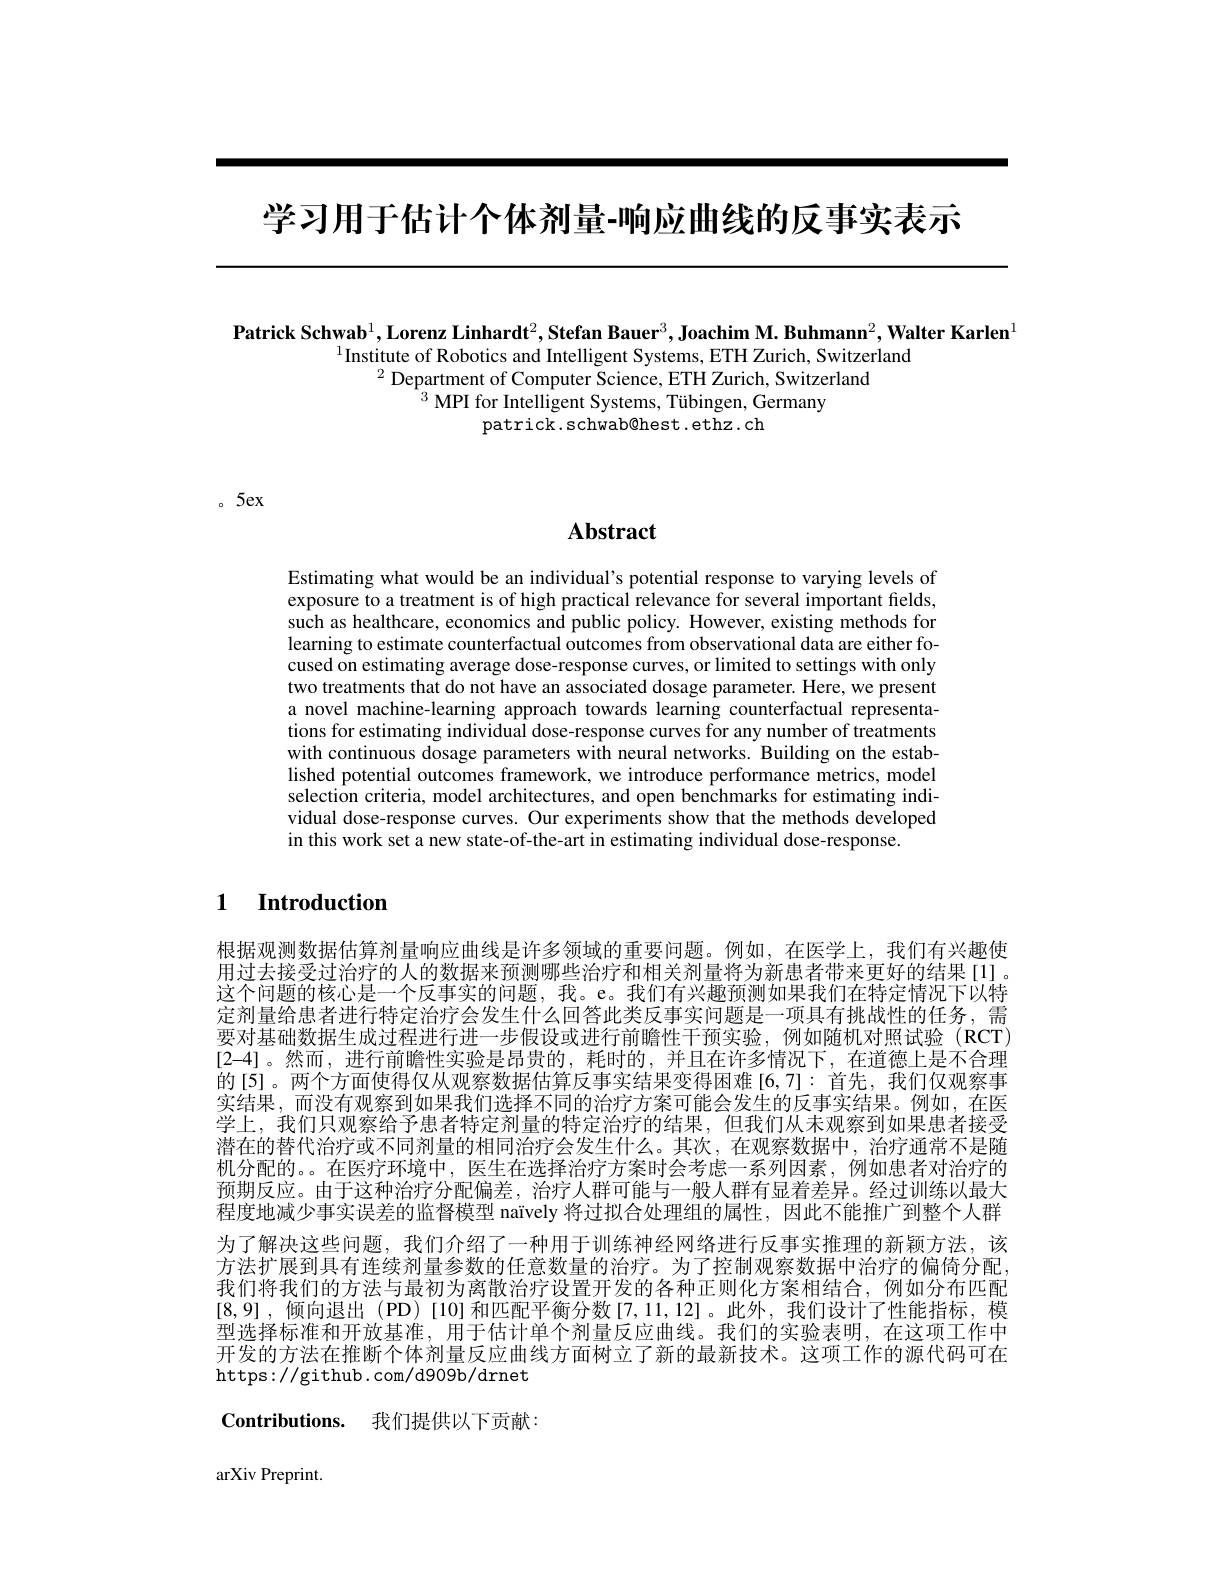
学习用于估计个体剂量-响应曲线的反事实表示

$\textbf{Patrick Schwab}^{1},\textbf{Lorenz Linhardt}^{2},\textbf{Stefan Bauer}^{3},\textbf{Joachim M. Buhmann}^{2},\textbf{Walter Karlen}^{1}$
$^{1}$Institute of Robotics and Intelligent Systems, ETH Zurich, Switzerland
$^{2}$Department of Computer Science, ETH Zurich, Switzerland
$^{1}{}^{3}{\mathrm{~MPI~for~Intelligent~Systems,~Tübingen,~Germany}}$
patrick.schwab@hest.ethz.ch

。5ex

## $\mathbf{Abstract}$

Estimating what would be an individual's potential response to varying levels of exposure to a treatment is of high practical relevance for several important fields, such as healthcare, economics and public policy. However, existing methods for learning to estimate counterfactual outcomes from observational data are either focused on estimating average dose-response curves, or limited to settings with only two treatments that do not have an associated dosage parameter. Here, we present a novel machine-learning approach towards learning counterfactual representations for estimating individual dose-response curves for any number of treatments with continuous dosage parameters with neural networks. Building on the established potential outcomes framework, we introduce performance metrics, model selection criteria, model architectures, and open benchmarks for estimating individual dose-response curves. Our experiments show that the methods developed in this work set a new state-of-the-art in estimating individual dose-response.

## 1 Introduction

根据观测数据估算剂量响应曲线是许多领域的重要问题。例如，在医学上，我们有兴趣使用过去接受过治疗的人的数据来预测哪些治疗和相关剂量将为新患者带来更好的结果[l]。这个问题的核心是一个反事实的问题，我。e。我们有兴趣预测如果我们在特定情况下以特定剂量给患者进行特定治疗会发生什么回答此类反事实问题是一项具有挑战性的任务，需要对基础数据生成过程进行进一步假设或进行前瞻性干预实验，例如随机对照试验(RCT) [2-4]。然而，进行前瞻性实验是昂贵的，耗时的，并且在许多情况下，在道德上是不合理的[5]。两个方面使得仅从观察数据估算反事实结果变得困难[6,7]:首先，我们仅观察事实结果，而没有观察到如果我们选择不同的治疗方案可能会发生的反事实结果。例如，在医学上，我们只观察给予患者特定剂量的特定治疗的结果，但我们从未观察到如果患者接受潜在的替代治疗或不同剂量的相同治疗会发生什么。其次，在观察数据中，治疗通常不是随机分配的。。在医疗环境中，医生在选择治疗方案时会考虑一系列因素，例如患者对治疗的预期反应。由于这种治疗分配偏差，治疗人群可能与一般人群有显着差异。经过训练以最大程度地减少事实误差的监督模型 naïvely 将过拟合处理组的属性，因此不能推广到整个人群为了解决这些问题，我们介绍了一种用于训练神经网络进行反事实推理的新颖方法，该方法扩展到具有连续剂量参数的任意数量的治疗。为了控制观察数据中治疗的偏倚分配我们将我们的方法与最初为离散治疗设置开发的各种正则化方案相结合，例如分布匹配[8,9],倾向退出 (PD)[10] 和匹配平衡分数[7,11,12]。此外，我们设计了性能指标，模型选择标准和开放基准，用于估计单个剂量反应曲线。我们的实验表明，在这项工作中开发的方法在推断个体剂量反应曲线方面树立了新的最新技术。这项工作的源代码可在https://github. com/d909b/drnet Contributions. 我们提供以下贡献：

arXiv Preprint.